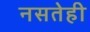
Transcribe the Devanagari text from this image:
नसतेही